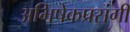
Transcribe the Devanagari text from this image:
अभिषेकप्रसंगी